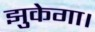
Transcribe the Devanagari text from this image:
झुकेगा।